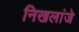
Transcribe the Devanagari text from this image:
निखलांजे